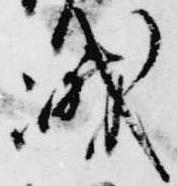
峨